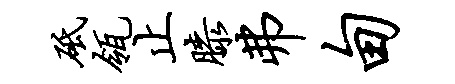
砥瓴止膝弗甸